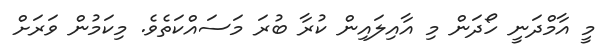
މީ އާމްދަނީ ހޯދަން މި އާއިލައިން ކުރާ ބުރަ މަސައްކަތެވެ. މިކަމުން ވަރަށް